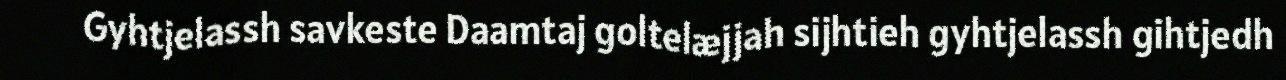
Gyhtjelassh savkeste Daamtaj goltelæjjah sijhtieh gyhtjelassh gihtjedh